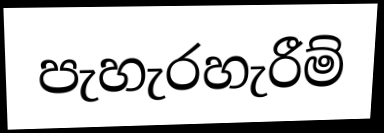
පැහැරහැරීම්